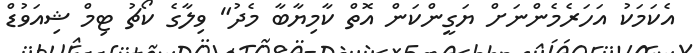
އެކަމަކު އަހަރެެމެންނަށް ޔަގީންކަން އޮތް ކާމިޔާބާ މެދު" ވިލާގެ ކޯޗު ޓިމް ޝިއަވުޑް